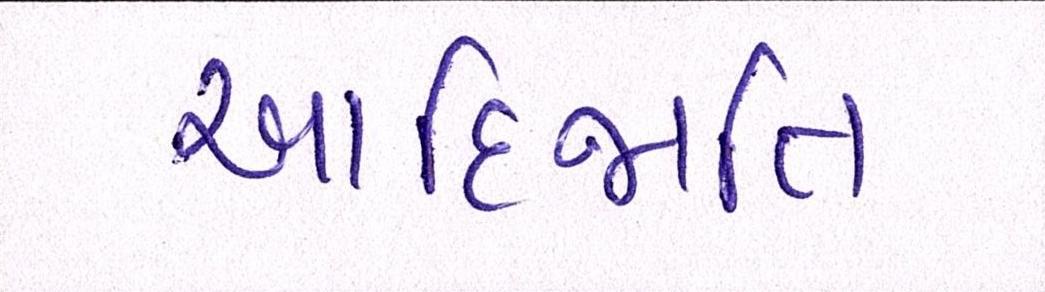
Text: આદિજાતિ